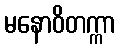
မနောဝိတက္ကာ